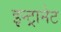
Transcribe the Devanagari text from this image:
इन्ट्रानेट